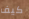
كيف